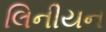
લિનીયન